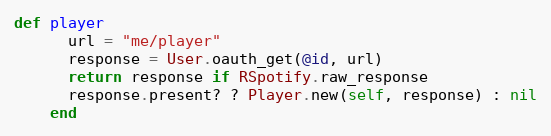
Language: Ruby
def player
      url = "me/player"
      response = User.oauth_get(@id, url)
      return response if RSpotify.raw_response
      response.present? ? Player.new(self, response) : nil
    end